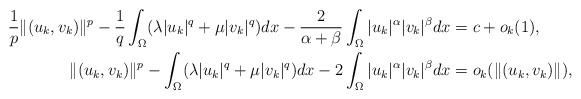
LaTeX: \begin{align*} \frac{1}{p}\|(u_k,v_k)\|^p-\frac{1}{q}\int_\Omega(\lambda|u_k|^q+\mu|v_k|^q)dx-\frac{2}{\alpha+\beta}\int_\Omega|u_k|^\alpha|v_k|^\beta dx&= c+o_k(1), \\ \|(u_k,v_k)\|^p- \int_\Omega(\lambda|u_k|^q+\mu|v_k|^q)dx-2\int_\Omega|u_k|^\alpha|v_k|^\beta dx&= o_k(\|(u_k,v_k)\|),\end{align*}